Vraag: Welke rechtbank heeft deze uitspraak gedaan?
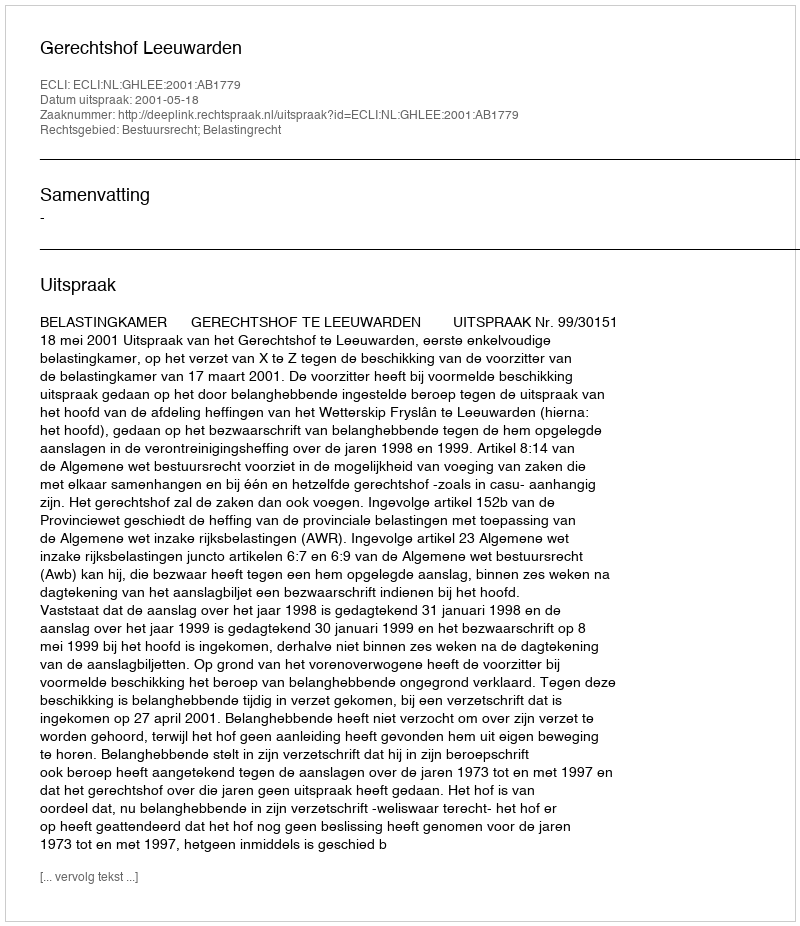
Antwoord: Gerechtshof Leeuwarden